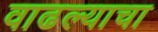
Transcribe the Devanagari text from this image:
वाढल्याचा